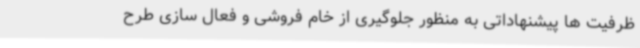
ظرفیت ها پیشنهاداتی به منظور جلوگیری از خام فروشی و فعال سازی طرح